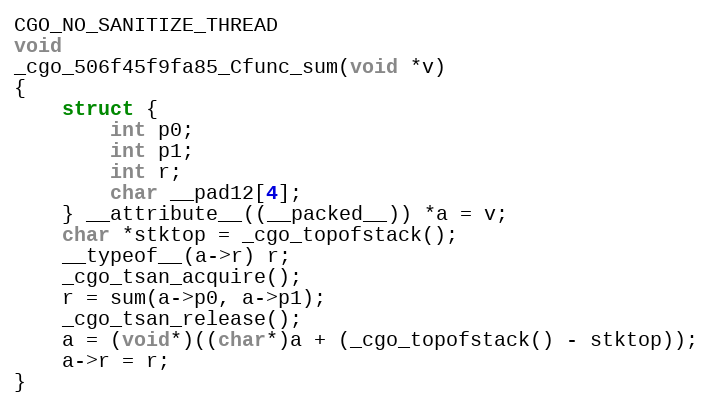
Language: C
CGO_NO_SANITIZE_THREAD
void
_cgo_506f45f9fa85_Cfunc_sum(void *v)
{
	struct {
		int p0;
		int p1;
		int r;
		char __pad12[4];
	} __attribute__((__packed__)) *a = v;
	char *stktop = _cgo_topofstack();
	__typeof__(a->r) r;
	_cgo_tsan_acquire();
	r = sum(a->p0, a->p1);
	_cgo_tsan_release();
	a = (void*)((char*)a + (_cgo_topofstack() - stktop));
	a->r = r;
}